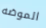
الموضه